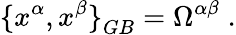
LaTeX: {\{ x^{\alpha},x^{\beta}\} }_{GB}=\Omega^{\alpha\beta}\; .